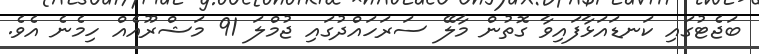
ބަޖެޓުގައި ކަނޑައަޅާފައިވާ ގޮތުން މާލޭ ސަރަހައްދުގައި ޖުމްލަ 91 މަޝްރޫއެއް ހިމެނެ އެވެ.